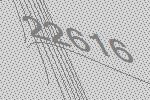
22616